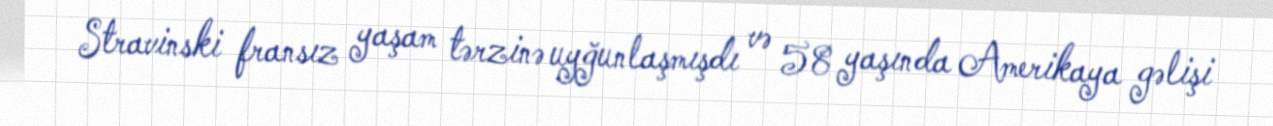
Stravinski fransız yaşam tərzinə uyğunlaşmışdı və 58 yaşında Amerikaya gəlişi